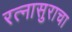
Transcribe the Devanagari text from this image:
रत्नासुराचा